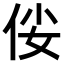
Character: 𠈤